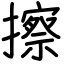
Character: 擦